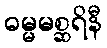
ဓမ္မမစ္ဆရိနီ